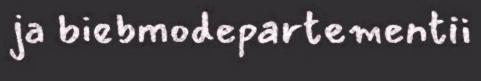
ja biebmodepartementii